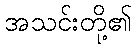
အသင်းတို့၏